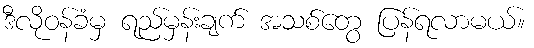
ဒီလိုဝန်ခံမှ ရည်မှန်းချက် အသစ်တွေ ပြန်ရလာမယ်။